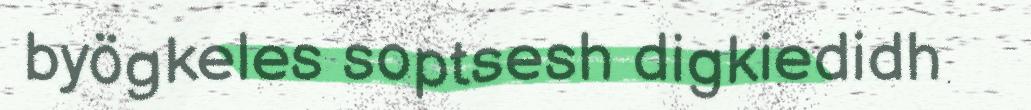
byögkeles soptsesh digkiedidh